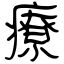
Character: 療